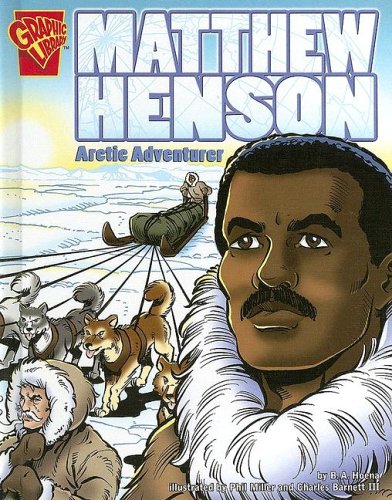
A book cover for Matthew Henson: Arctic Adventurer (Graphic Biographies); Blake A. Hoena; Children's Books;